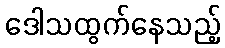
ဒေါသထွက်နေသည့်